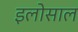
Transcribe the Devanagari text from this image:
इलोसाल